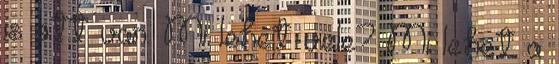
is ott van. Mi lehet vele? Mi lehet a